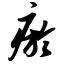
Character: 瘀